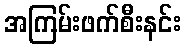
အကြမ်းဖက်စီးနင်း